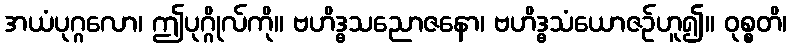
အယံပုဂ္ဂလော၊ ဤပုဂ္ဂိုလ်ကို။ ဗဟိဒ္ဓသညောဇနော၊ ဗဟိဒ္ဓသံယောဇဉ်ဟူ၍။ ဝုစ္စတိ၊